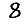
Digit: 8